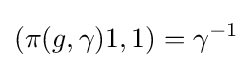
(\pi (g,\gamma )1,1)=\gamma ^{-1}